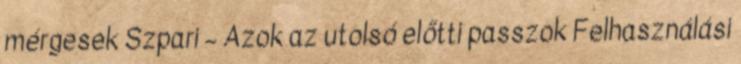
mérgesek Szpari – Azok az utolsó előtti passzok Felhasználási